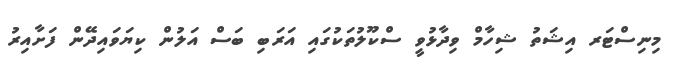
މިނިސްޓަރ އިޝަތު ޝިހާމް ވިދާޅުވީ ސްކޫލުތަކުގައި އަރަބި ބަސް އަލުން ކިޔަވައިދޭން ފަށާއިރު